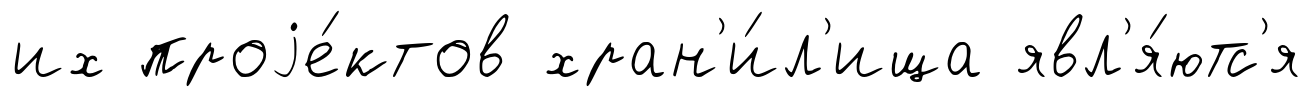
их проjе́ктов хран'и́л'ища явл'я́ютс'я